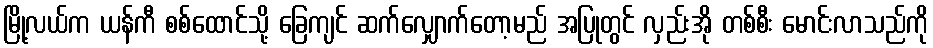
မြို့လယ်က ယန်ကီ စစ်ထောင်သို့ ခြေကျင် ဆက်လျှောက်တော့မည် အပြုတွင် လှည်းအို တစ်စီး မောင်းလာသည်ကို